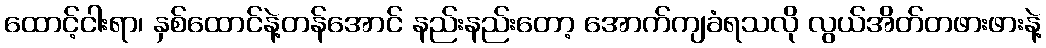
ထောင့်ငါးရာ၊ နှစ်ထောင်နဲ့တန်အောင် နည်းနည်းတော့ အောက်ကျခံရသလို လွယ်အိတ်တဖားဖားနဲ့